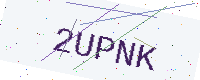
Text: 2UPNK